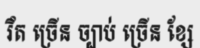
រឹត ច្រើន ច្បាប់ ច្រើន ខ្សែ